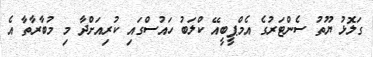
ގަލޮޅު ޔޫތު ސެންޓަރުގެ އެމްޕީބީއޭ ކްލަބު ހައުސްގައި ކުރިއަށްދާ މި މުބާރާތާ އެ